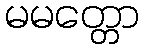
မမတ္တော